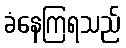
ခံနေကြရသည်